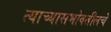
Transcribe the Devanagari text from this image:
त्याच्यासभोवतीलचे